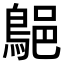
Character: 𪁗